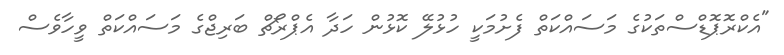
"އެކްރޮޕޮޑްސްތަކުގެ މަސައްކަތް ފެށުމަކީ ހުޅުލޭ ކޮޅުން ހަދާ އެޕްރޯޗް ބަރިޖްގެ މަސައްކަތް ވީހާވެސް